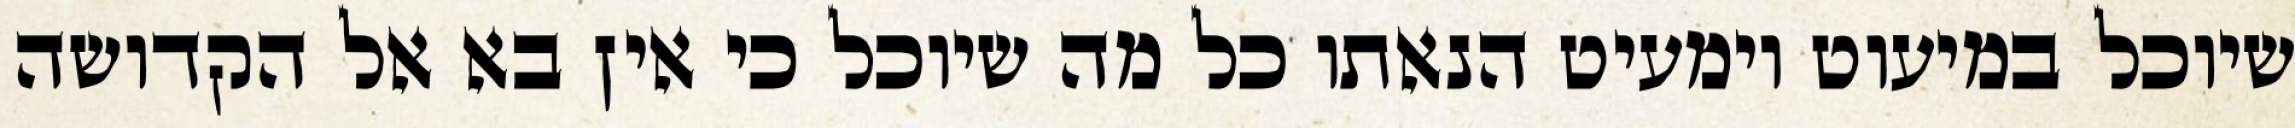
שיוכל במיעוט וימעיט הנאתו כל מה שיוכל כי אין בא אל הקדושה